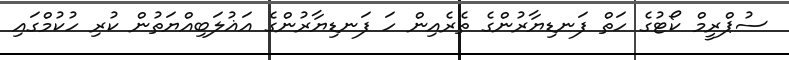
ސުޕްރީމް ކޯޓުގެ ހަތް ފަނޑިޔާރުންގެ ތެރެއިން ހަ ފަނޑިޔާރުންގެ އަޣުލަބިއްޔަތުން ކުރި ހުކުމްގައި